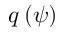
q \left( \psi \right)